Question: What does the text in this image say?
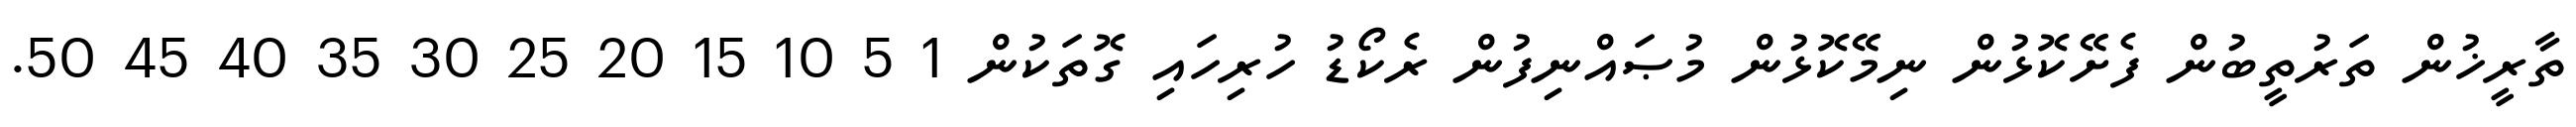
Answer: ތާރީޚުން ތަރުތީބުން ފެށޭކޮޅުން ނިމޭކޮޅުން މުޞައްނިފުން ރެކޯޑު ހުރިހައި ގޮތަކުން 1 5 10 15 20 25 30 35 40 45 50.